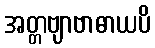
အတ္တဗျာဗာဓာယပိ